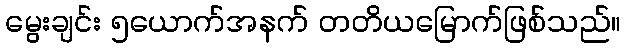
မွေးချင်း ၅ယောက်အနက် တတိယမြောက်ဖြစ်သည်။